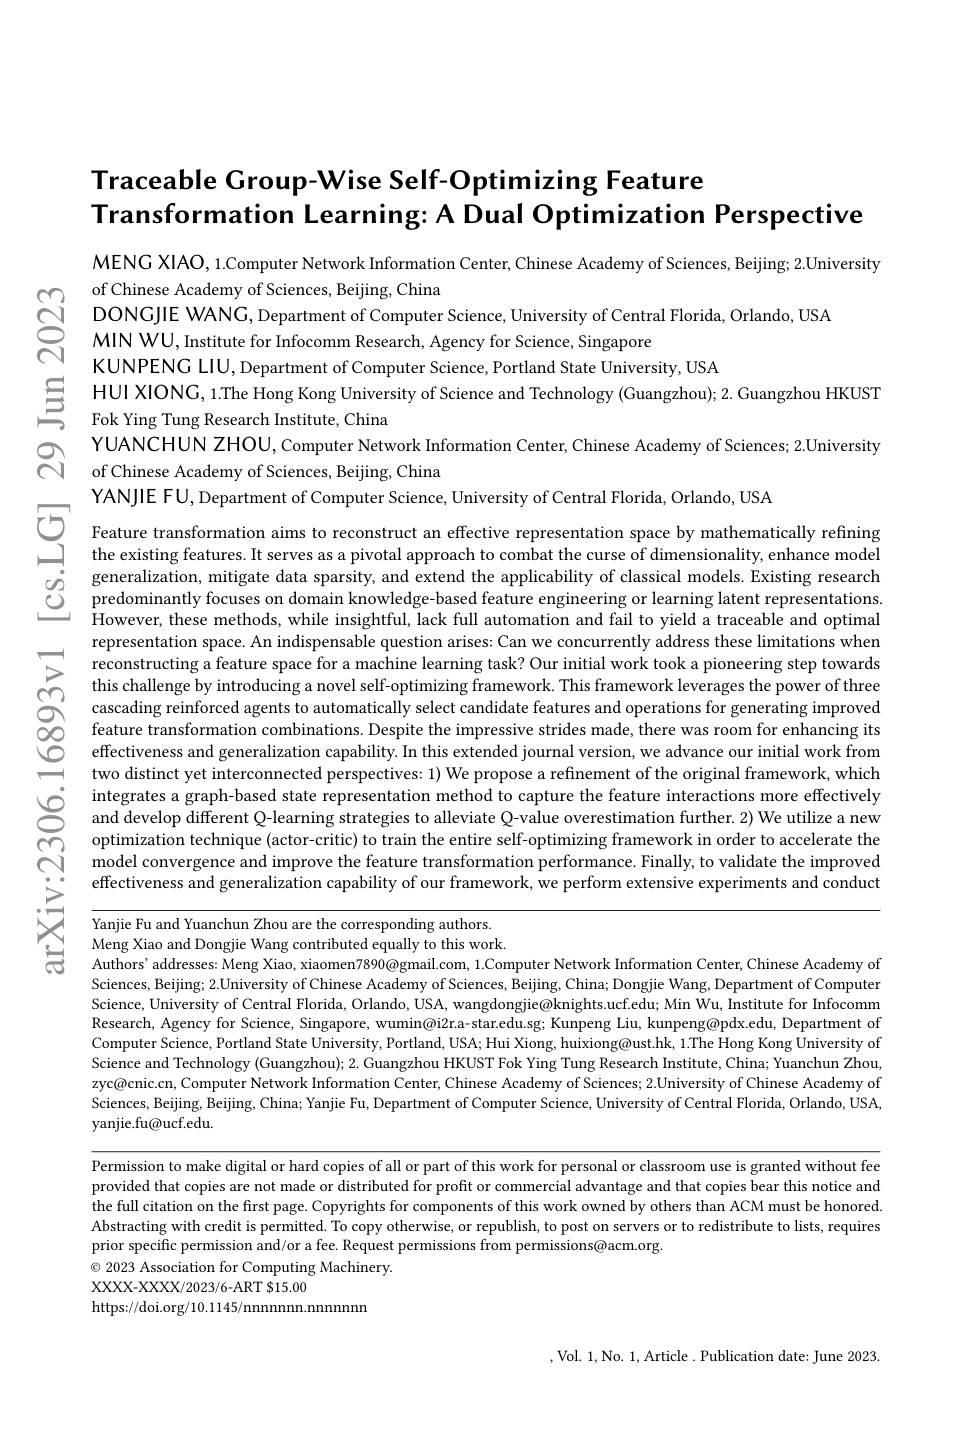
$ଟ୍ରି$

$ਝ$

# Traceable Group-Wise Self-Optimizing Feature Transformation Learning: A Dual Optimization Perspective

MENG XIAO, 1.Computer Networ
of Chinese Academy of Sciences, Beijing, China
DONGJIE WANG, Department of Computer Science, University of Central Florida, Orlando, USA
MIN WU, Institute for Infocomm Research, Agency for Science, Singapore
KUNPENG LIU, Department of Computer Science, Portland State University, USA
$\sum_{\text{Fok Ying Tung Research Institute, China}}^{\mathrm{HUI~XIONG,~1.The~Hong~Kong~University~of~Science~and~Technology~(Guangzhou);~2.~Guangzhou~HKUST}}$ $\begin{array}{ll}\text{YUANCHUN ZHOU, Computer Network Information Center, Chinese Academy of Sciences; 2.University}\\\text{Ci}&\mathrm{of~Chinese~Academy~of~Sciences,~Beijing,~China}\end{array}$
of Chinese Academy of Sciences, Beijing, China
YANJIE FU, Department of Computer Science, University of Central Florida, Orlando, USA

Feature transformation aims to reconstruct an effective representation space by mathematically refining the existing features. It serves as a pivotal approach to combat the curse of dimensionality, enhance model
$\begin{array}{llll}&\text{generalization, mitigate data sparsity, and extend the applicability of classical models. Existing research}\\C&\text{predominantly focuses on domain knowledge-based feature engineering or learning latent representations}\end{array}$
However, these methods, while insightful, lack full automation and fail to yield a traceable and optimal representation space. An indispensable question arises: Can we concurrently address these limitations when reconstructing a feature space for a machine learning task? Our initial work took a pioneering step towards this challenge by introducing a novel self-optimizing framework. This framework leverages the power of three cascading reinforced agents feature transformation combi effectiveness and generaliza two distinct yet interconnected perspectives: 1) We propose a refinement of the original framework, which integrates a graph-based sta
intgrates a graph- based
effectiveness and generaliza

Yanjie Fu and Yuanchun Zhou Meng Xiao and Dongjie Wang c Authors' addresses: Meng Xiao, xiaomen7890@gmail.com, 1.Computer Network Information Center, Chinese Academy of Sciences, Beijing; 2.University of Chinese Academy of Sciences, Beijing, China; Dongjie Wang, Department of Computer Science, University of Central Florida, Orlando, USA, wangdongjie@knights.ucf.edu; Min Wu, Institute for Infocomm Research, Agency for Science, Singapore, wumin@i2r.a-star.edu.sg; Kunpeng Liu, kunpeng@pdx.edu, Department of Computer Science, Portland State University, Portland, USA; Hui Xiong, huixiong@ust.hk, 1.The Hong Kong University of Science and Technology (Guangzhou); 2. Guangzhou HKUST Fok Ying Tung Research Institute, China; Yuanchun Zhou, zyc@cnic.cn, Computer Network Information Center, Chinese Academy of Sciences; 2.University of Chinese Academy of Sciences, Beijing, Beijing, China; Yanjie Fu, Department of Computer Science, University of Central Florida, Orlando, USA, yanjie.fu@ucf.edu.

Permission to make digital or hard copies of all or part of this work for personal or classroom use is granted without fee provided that copies are not made or distributed for profit or commercial advantage and that copies bear this notice and the full citation on the first page. Copyrights for components of this work owned by others than ACM must be honored. Abstracting with credit is permitted. To copy otherwise, or republish, to post on servers or to redistribute to lists, requires prior specific permission and/or a fee. Request permissions from permissions@acm.org
$\odot$ 2023 Association for Computing Machinery.
XXXX-XXXX/2023/6-ART $15.00
https://doi.org/10.1145/nnnnnnn.nnnnnn

,Vol. 1, No. 1, Article. Publication date: June 2023